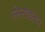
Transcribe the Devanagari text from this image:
एमेनोहतेप